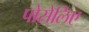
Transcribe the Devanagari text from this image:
पोसेलिए